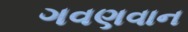
ગવણવાન